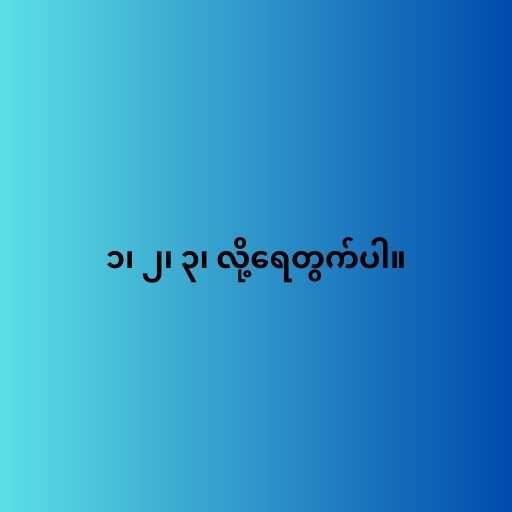
၁၊ ၂၊ ၃၊ လို့ရေတွက်ပါ။